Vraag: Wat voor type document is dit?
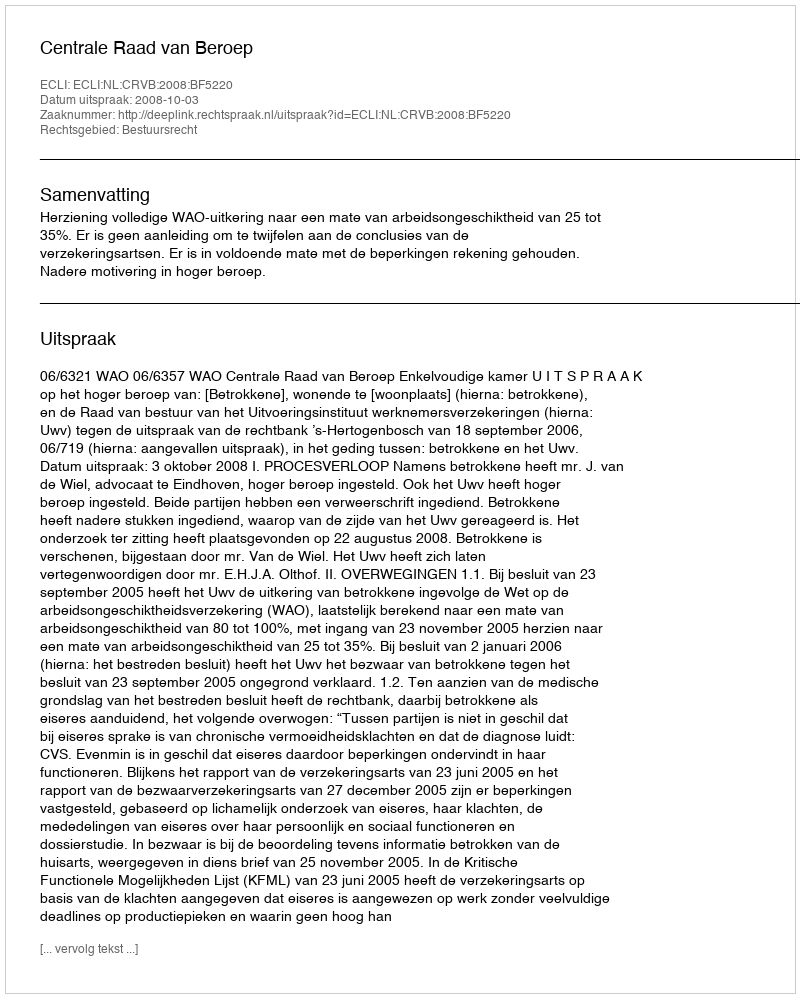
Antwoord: Uitspraak